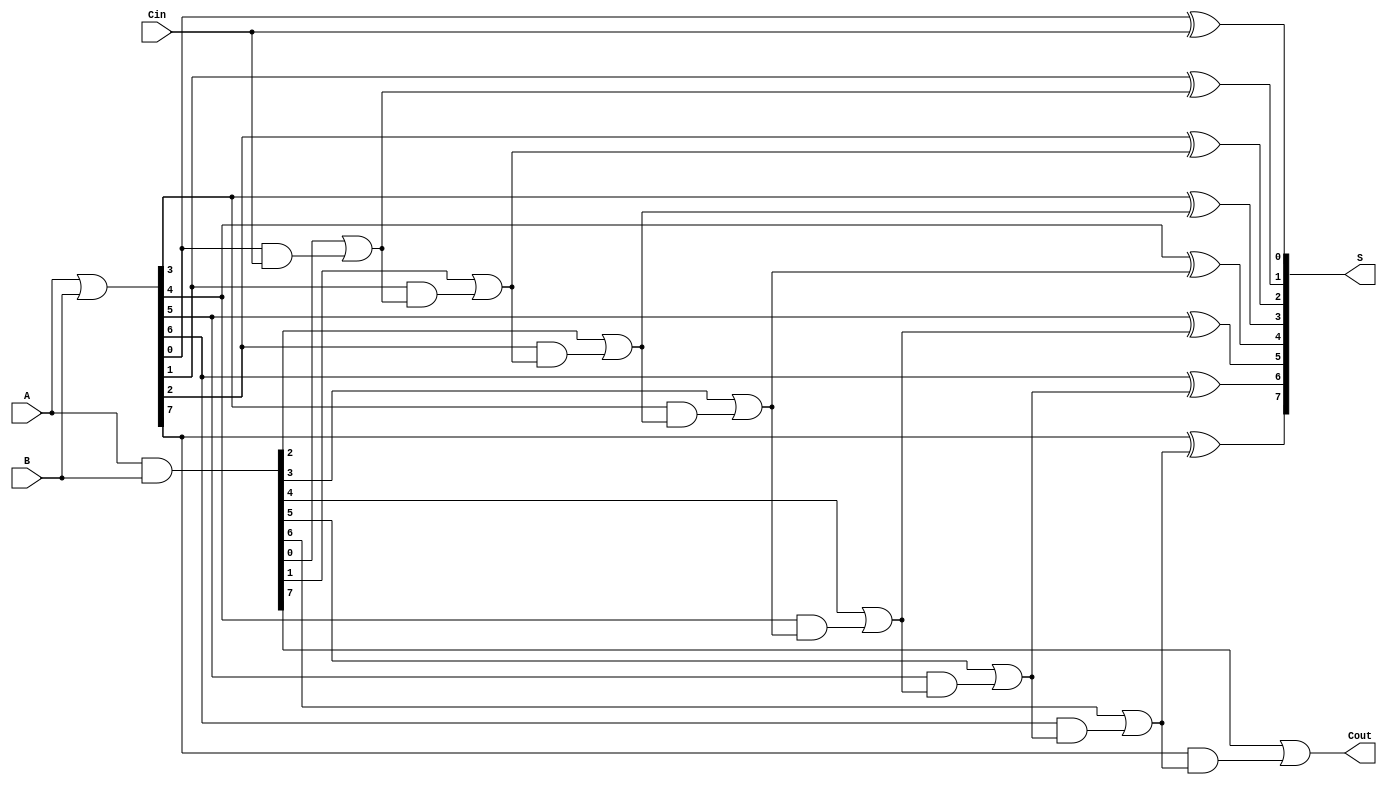
module VariableLatencyCLA #(
    parameter N = 8 // Width of the operands
)(
    input  wire [N-1:0] A,      // First operand
    input  wire [N-1:0] B,      // Second operand
    input  wire Cin,             // Input carry
    output wire [N-1:0] S,       // Sum output
    output wire Cout             // Carry out
);

    // Generate and Propagate signals
    wire [N-1:0] G; // Generate
    wire [N-1:0] P; // Propagate
    wire [N:0] C;   // Carry signals

    // Generate and Propagate calculations
    assign G = A & B;          // G[i] = A[i] & B[i]
    assign P = A | B;          // P[i] = A[i] | B[i]

    // Carry Lookahead Logic
    assign C[0] = Cin; // Initial carry
    genvar i;
    generate
        for (i = 1; i < N; i = i + 1) begin : carry_logic
            assign C[i] = G[i-1] | (P[i-1] & C[i-1]);
        end
    endgenerate
    assign Cout = G[N-1] | (P[N-1] & C[N-1]); // Final carry out

    // Sum Generation
    generate
        for (i = 0; i < N; i = i + 1) begin : sum_logic
            assign S[i] = P[i] ^ C[i]; // S[i] = P[i] ^ C[i]
        end
    endgenerate

endmodule